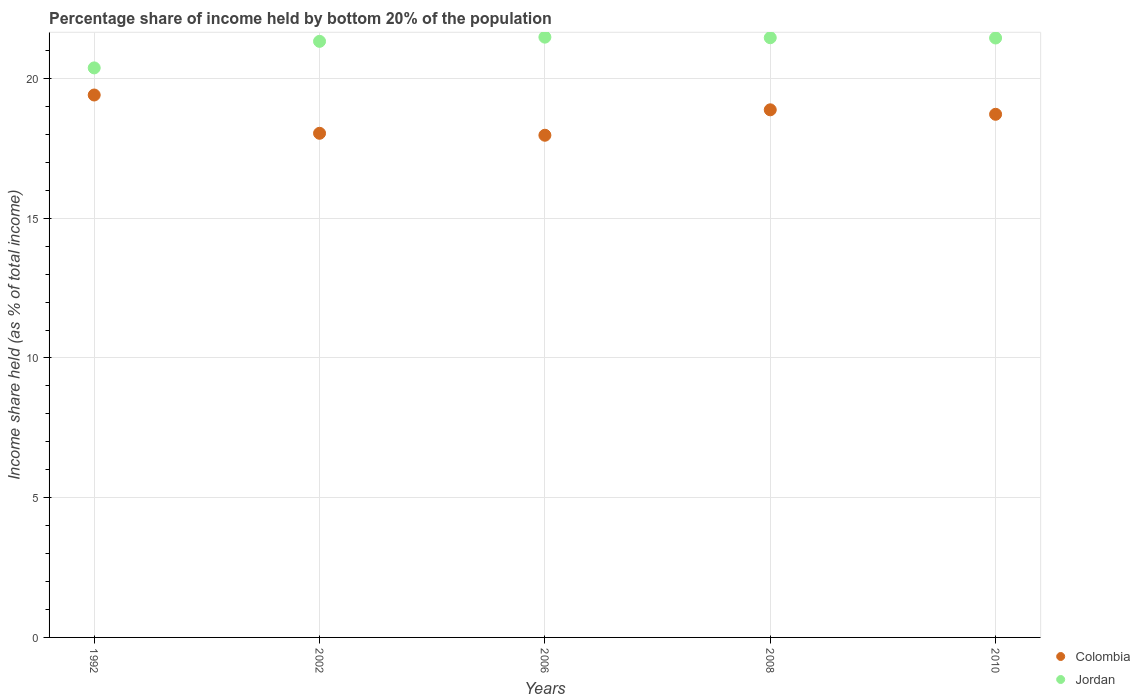
| Years | Colombia | Jordan |
 | --- | --- | --- |
 | 1992 | 19.4 | 20.4 |
 | 2002 | 18 | 21.3 |
 | 2006 | 18 | 21.5 |
 | 2008 | 18.9 | 21.5 |
 | 2010 | 18.7 | 21.4 |